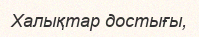
Халықтар достығы,